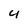
Character: 4